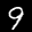
Label: 9